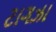
ટાગઝા